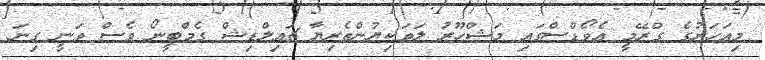
މިއަހަރުގެ ގްރޭމީ އެވޯޑްސްގައި މަޝްހޫރު ލަވަކިޔުންތެރިޔާ ޗައިލްޑިޝް ގެމްބީނޯ ވެސް ވަނީ ގިނަ